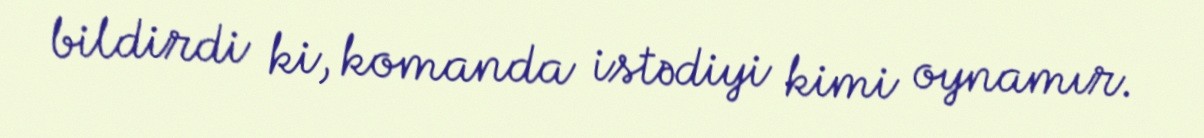
bildirdi ki, komanda istədiyi kimi oynamır.